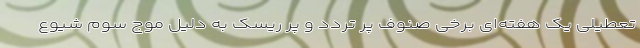
تعطیلی یک هفته‌ای برخی صنوف پر تردد و پر ریسک به دلیل موج سوم شیوع